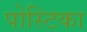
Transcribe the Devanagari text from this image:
पोस्टिका